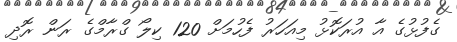
ގެފުޅުގެ އާ އުރަކޮޅު މިއަހަރު ފެހުމަށް 120 ކިލޯ ގްރާމްގެ ރަން ރޮދި